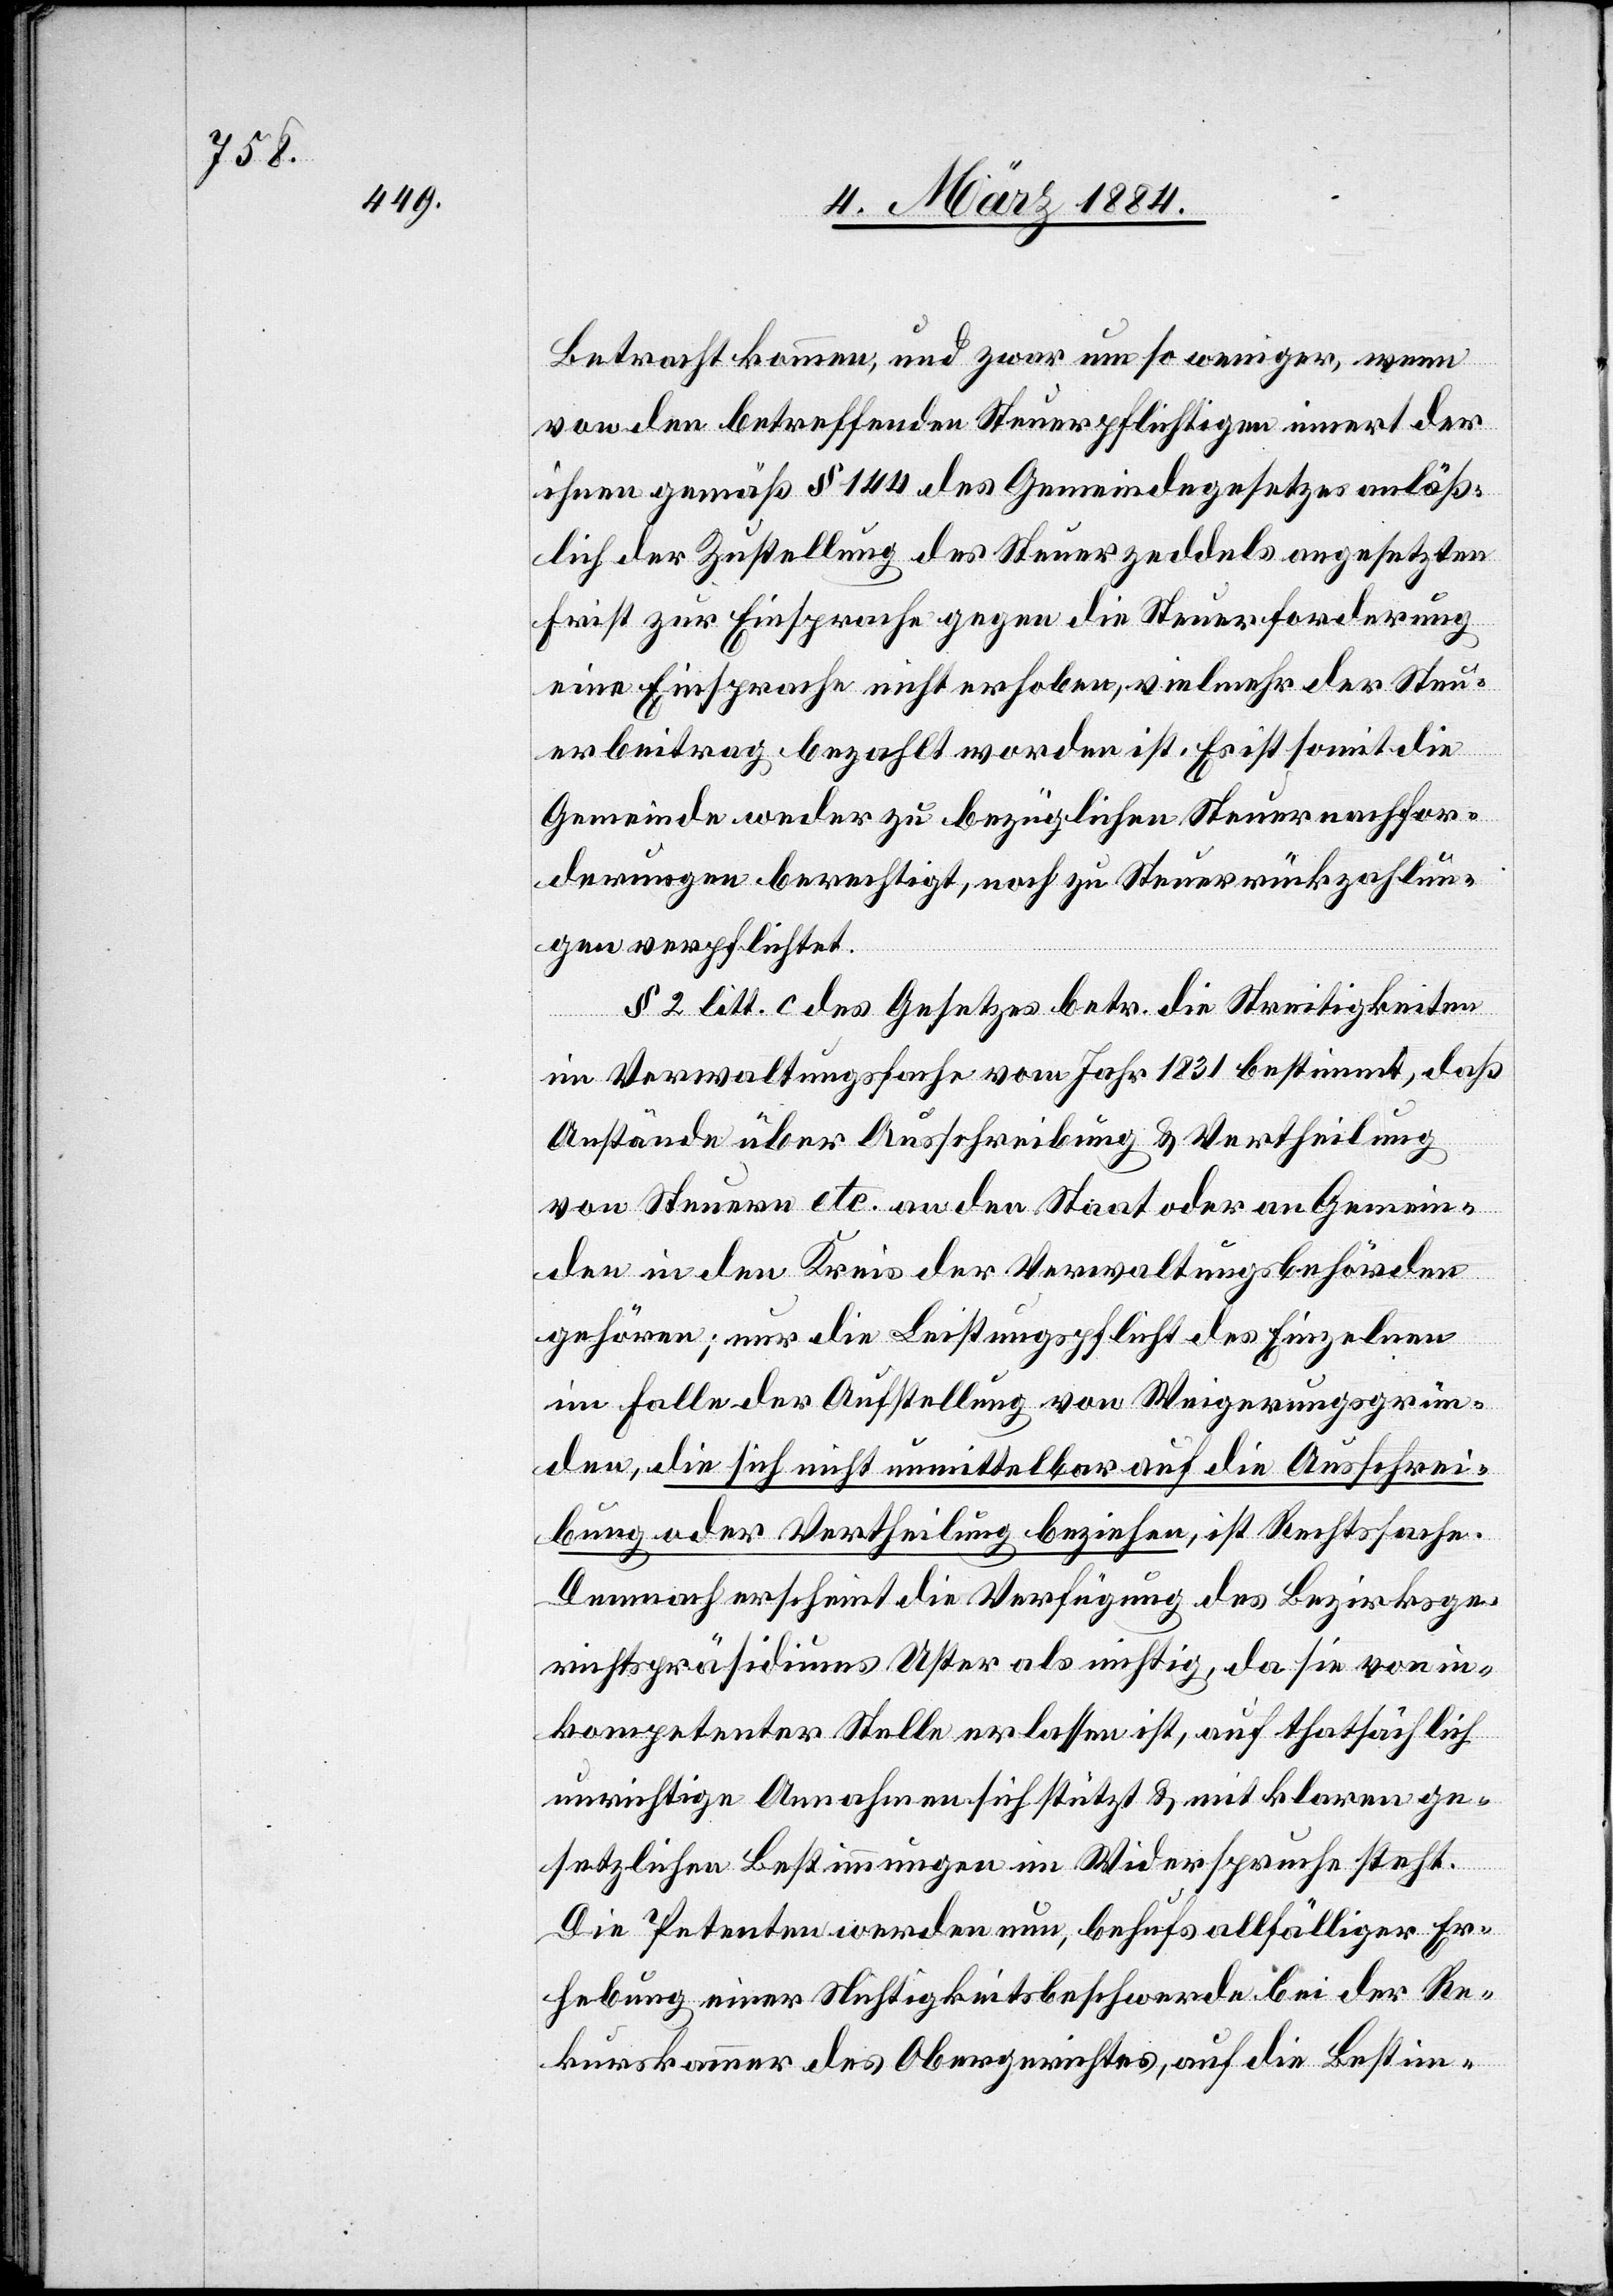
Betracht kommen, und zwar um so weniger, wenn
von den betreffenden Steuerpflichtigen innert der
ihnen gemäß § 144 des Gemeindegesetzes anläß¬
lich der Zustellung des Steuerzeddels angesetzten
Frist zur Einsprache gegen die Steuerforderung
eine Einsprache nicht erhoben, vielmehr der Steu¬
erbeitrag bezahlt worden ist. Es ist somit die
Gemeinde weder zu bezüglichen Steuernachfor¬
derungen berechtigt, noch zu Steuerrückzahlun¬
gen verpflichtet.
§ 2 litt. c des Gesetzes betr. die Streitigkeiten
in Verwaltungssache vom Jahr 1831 bestimmt, daß
Umstände über Ausschreibung & Vertheilung
von Steuern etc. an den Staat oder an Gemein¬
den in den Kreis der Verwaltungsbehörden
gehören; nur die Leistungspflicht des Einzelnen
im Falle der Aufstellung von Weigerungsgrün¬
den, die sich nicht unmittelbar auf die Ausschrei¬
bung oder Vertheilung beziehen, ist Rechtssache.
Demnach erscheint die Verfügung des Bezirksge¬
richtspräsidiums Uster als richtig, da sie von in¬
kompetenter Stelle erlassen ist, auf thatsächlich
unrichtige Annahme sich stützt & mit klaren ge¬
setzlichen Bestimmungen im Widerspruche steht.
Die Petenten werden nun, behufs allfälliger Er¬
hebung einer Nichtigkeitsbeschwerde bei der Re¬
kurskammer des Obergerichtes, auf die Bestim-